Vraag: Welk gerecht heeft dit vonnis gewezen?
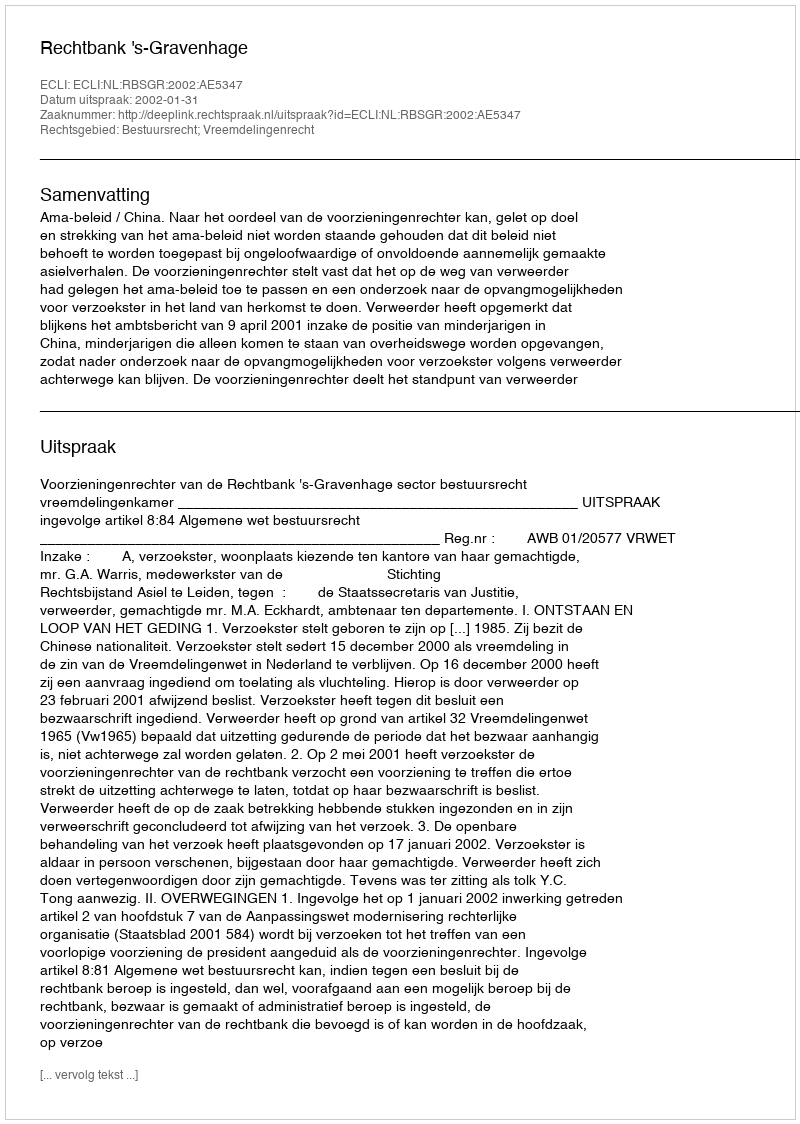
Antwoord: Rechtbank 's-Gravenhage